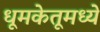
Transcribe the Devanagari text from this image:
धूमकेतूमध्ये